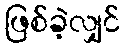
ဖြစ်ခဲ့လျှင်